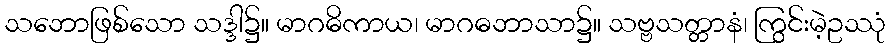
သဘောဖြစ်သော သဒ္ဒါ၌။ မာဂဓိကာယ၊ မာဂဓဘာသာ၌။ သဗ္ဗသတ္တာနံ၊ ကြွင်းမဲ့ဥဿုံ